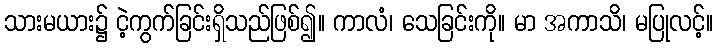
သားမယား၌ ငဲ့ကွက်ခြင်းရှိသည်ဖြစ်၍။ ကာလံ၊ သေခြင်းကို။ မာ အကာသိ၊ မပြုလင့်။